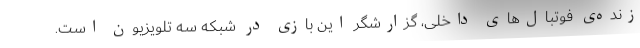
زنده‌ی فوتبال‌های داخلی، گزارشگر این بازی در شبکه سه تلویزیون است.